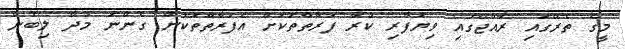
މީގެ ތެރޭގައި ރާއްޖޭގައި ވިޔަފާރި ކުރާ ފަރާތްތަކަށް އެފަރާތްތަކުން ގެންނަ މުދާ ލިބުން